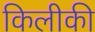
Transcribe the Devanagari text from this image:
किलीकी